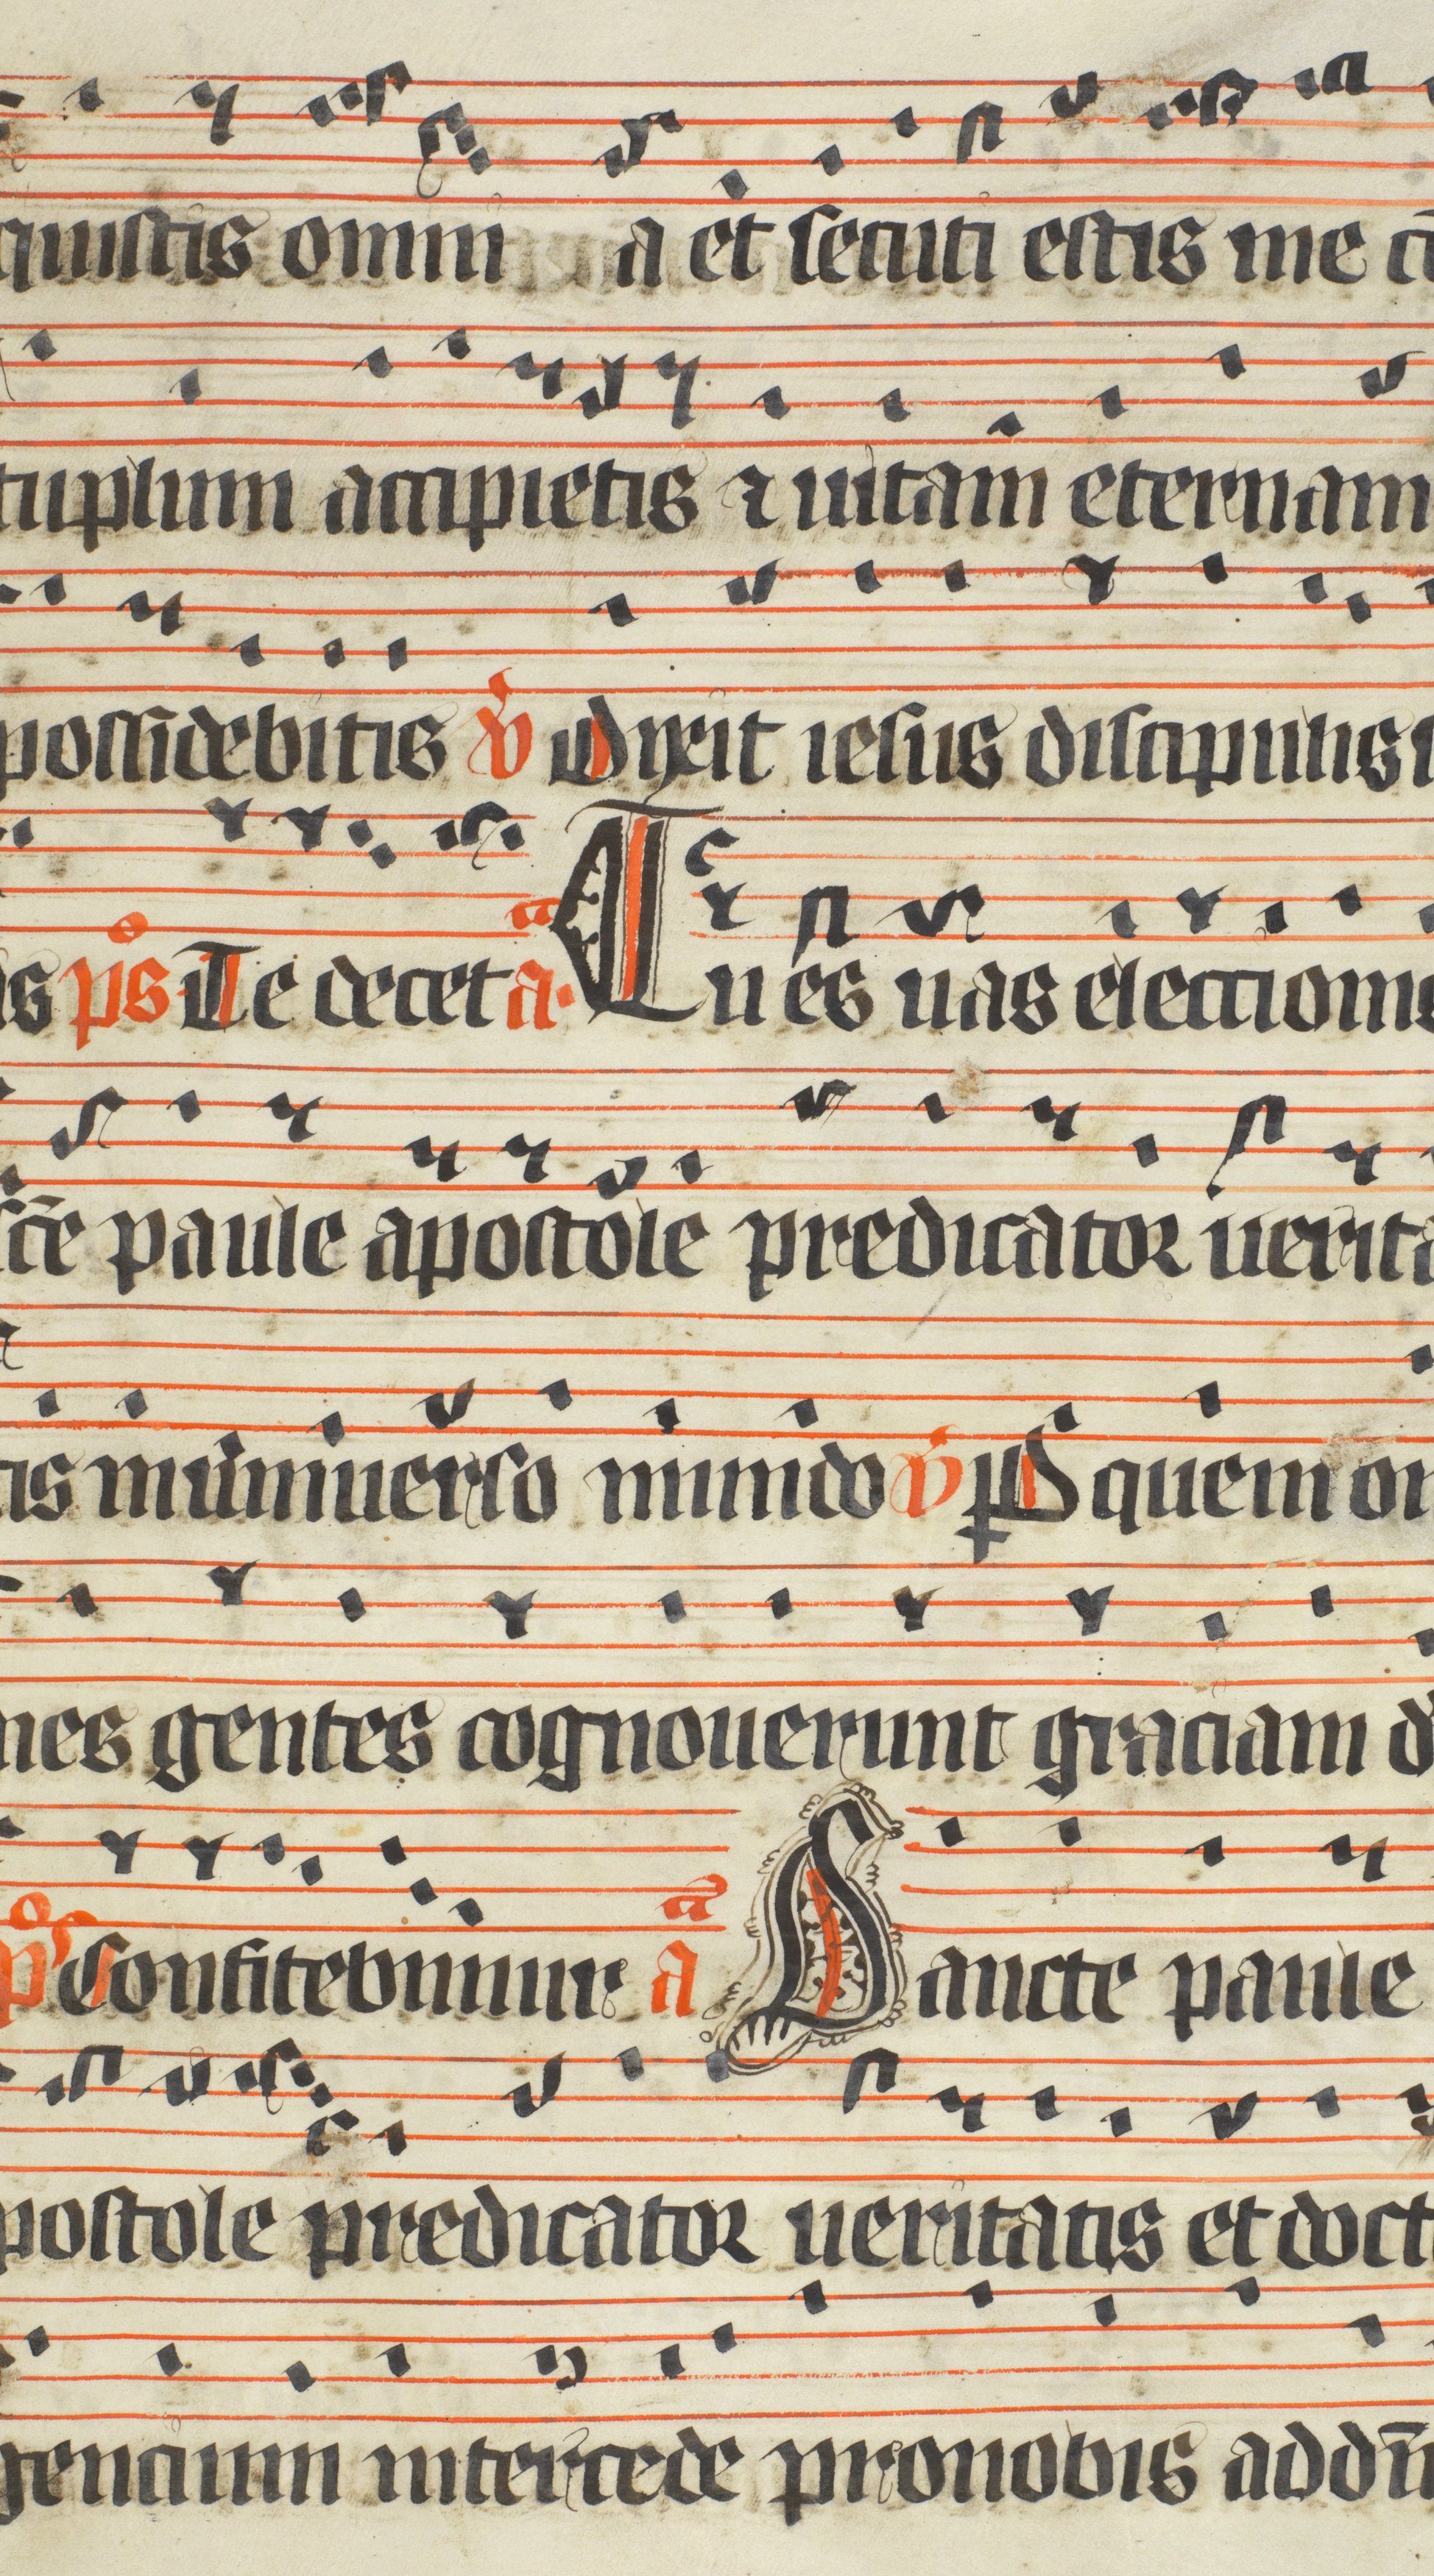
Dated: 1400–1499